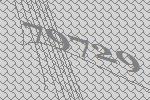
79729